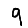
Digit: 9